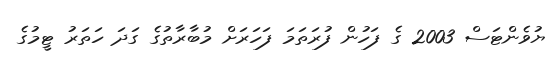
ޔުވެންޓަސް 2003 ގެ ފަހުން ފުރަތަމަ ފަހަރަށް މުބާރާތުގެ ގަދަ ހަތަރު ޓީމުގެ